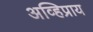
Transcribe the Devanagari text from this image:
अव्हिप्राय